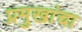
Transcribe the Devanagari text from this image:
प्रमुखांचा